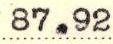
87.92